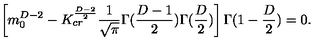
\left[ m _ { 0 } ^ { D - 2 } - K _ { c r } ^ { \frac { D - 2 } { 2 } } \frac { 1 } { \sqrt { \pi } } \Gamma ( \frac { D - 1 } { 2 } ) \Gamma ( \frac { D } { 2 } ) \right] \Gamma ( 1 - \frac { D } { 2 } ) = 0 .